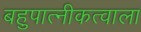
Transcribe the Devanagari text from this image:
बहुपात्नीकत्वाला